65_HS1-834228961_62-HQ-83894_Section_6
Agency: FBI
Page 194
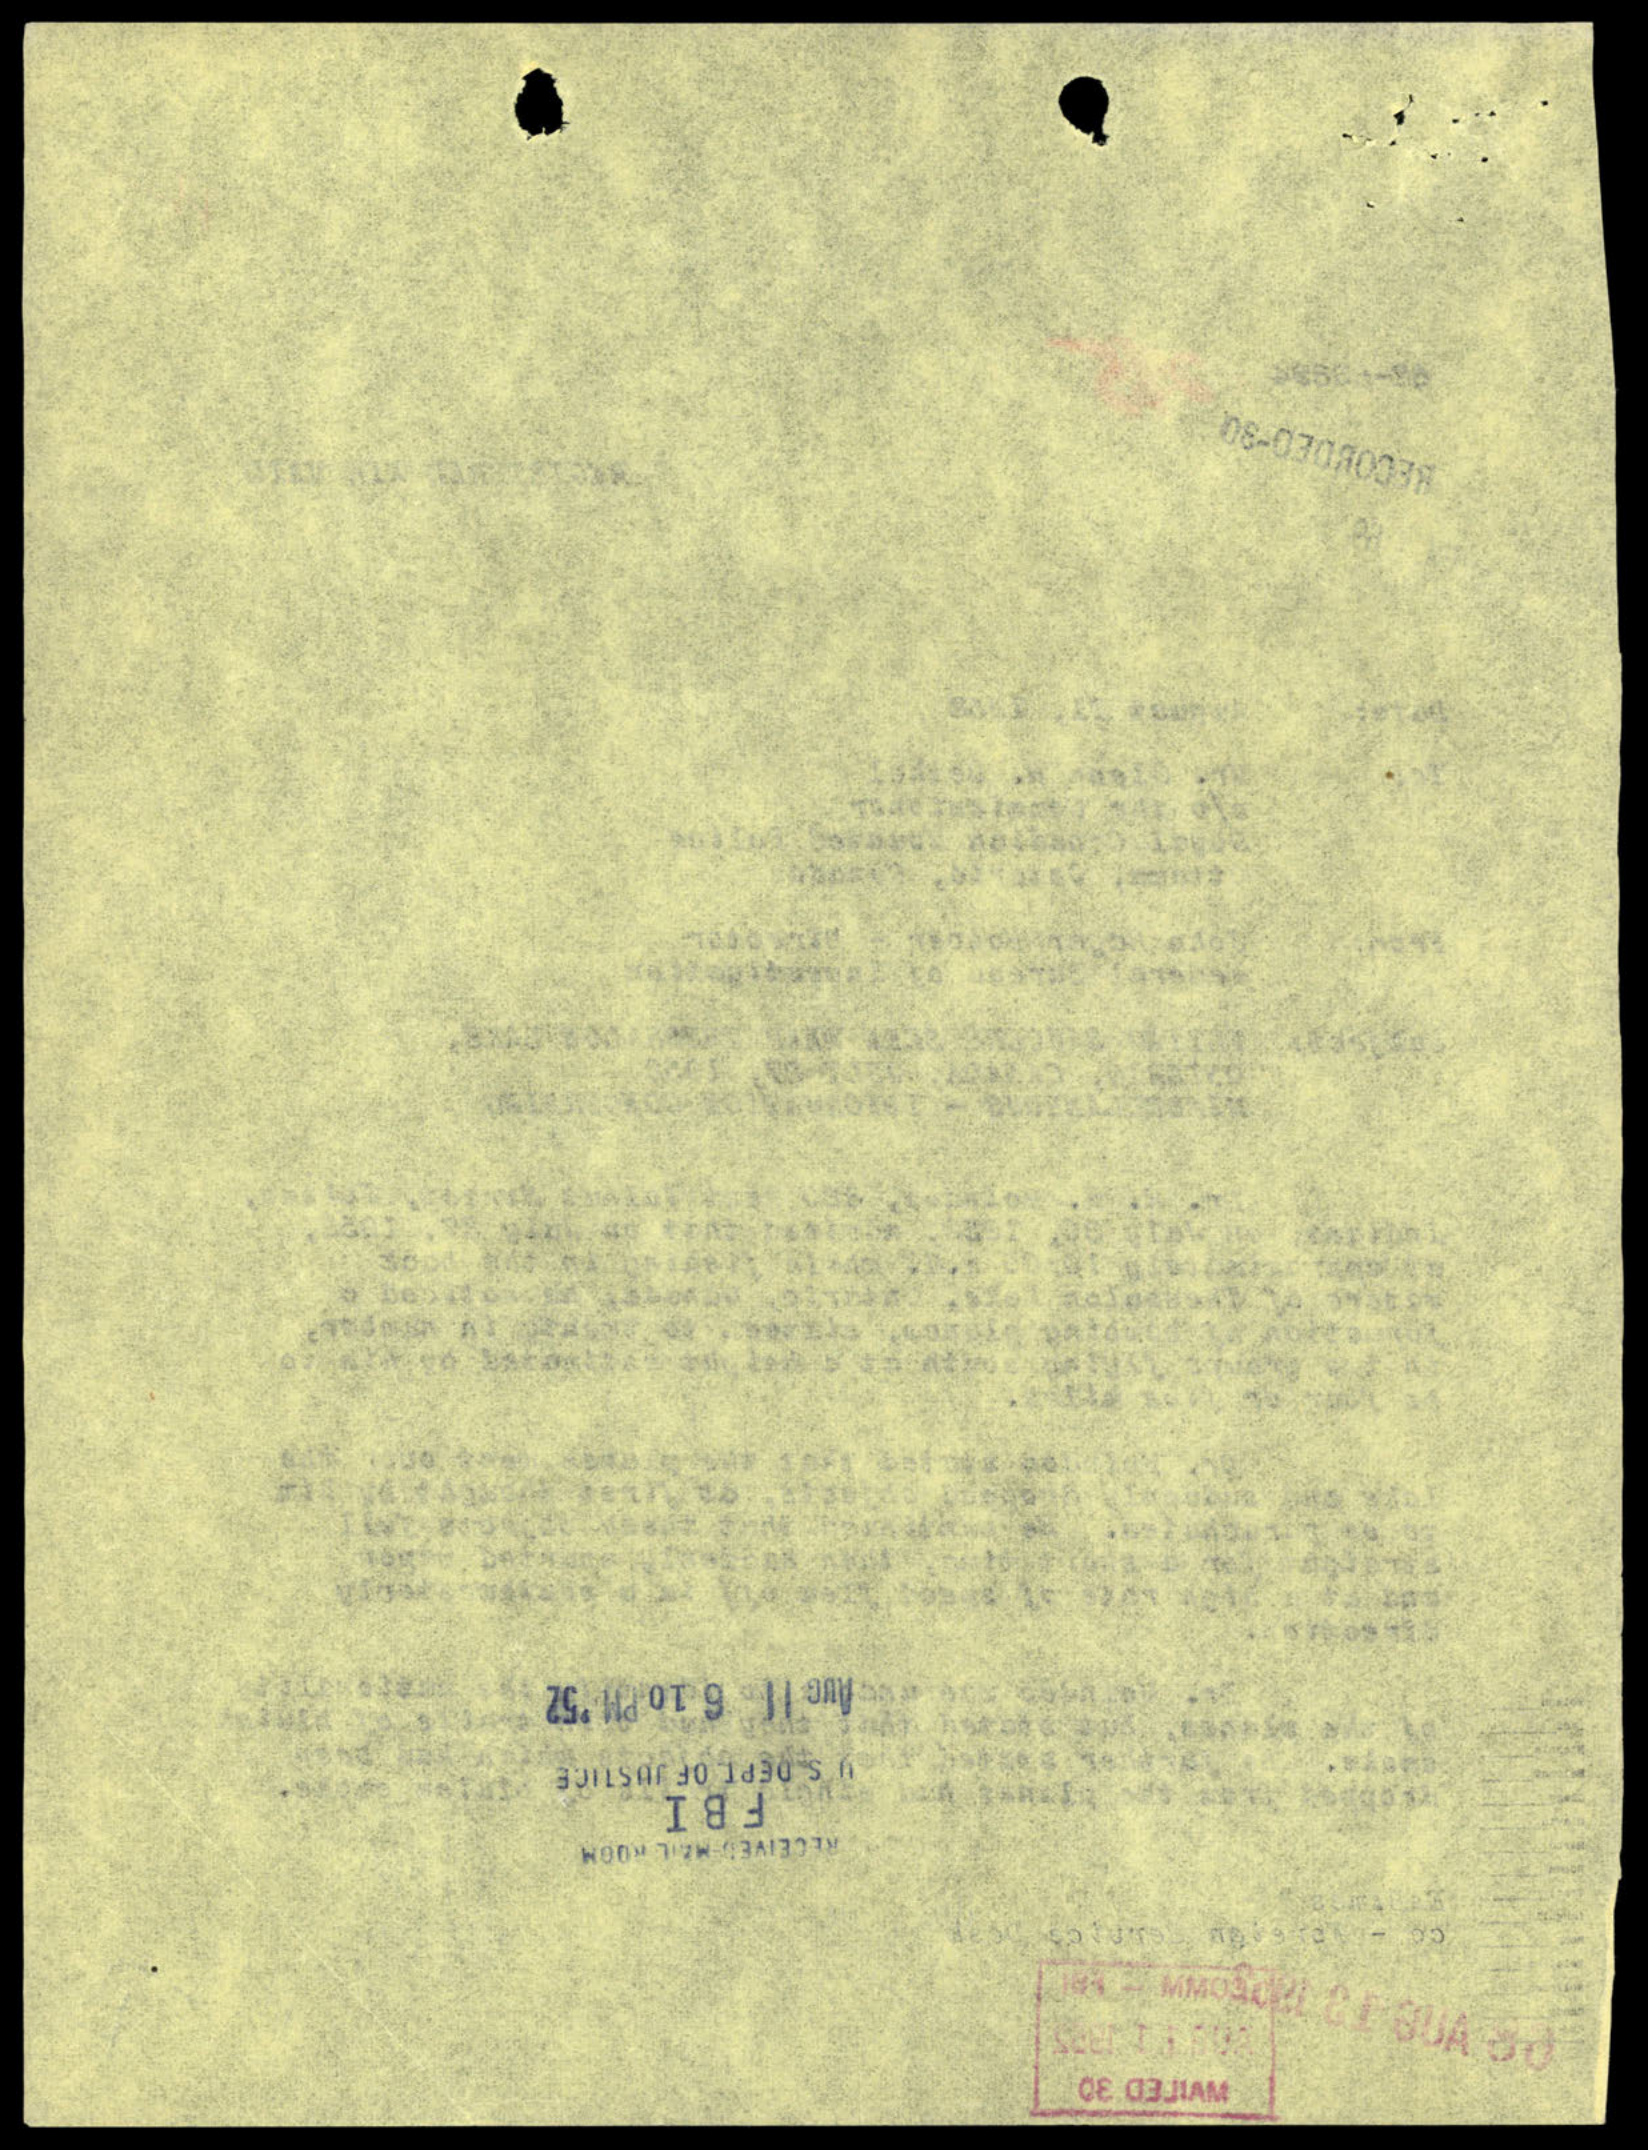